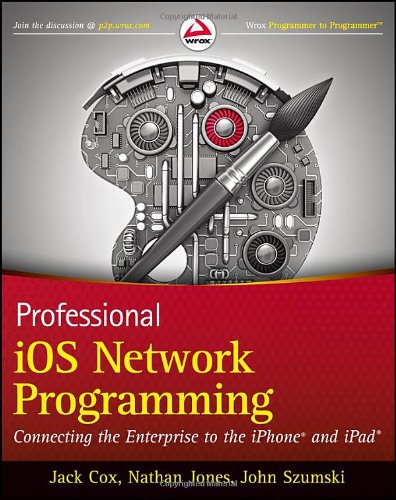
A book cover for Professional iOS Network Programming: Connecting the Enterprise to the iPhone and iPad; Jack Cox; Computers & Technology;